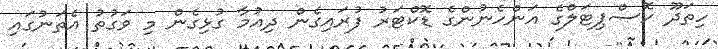
ހިތަދޫ ހޮސްޕިޓަލްގެ އަންހެނުންގެ ޑޮކްޓަރު ފުރައިގެން ދިއުމާ ގުޅިިގެން މި ވަގުތު އެތަނުގައި